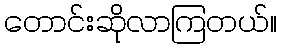
တောင်းဆိုလာကြတယ်။